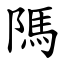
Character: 䧞